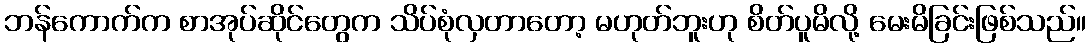
ဘန်ကောက်က စာအုပ်ဆိုင်တွေက သိပ်စုံလှတာတော့ မဟုတ်ဘူးဟု စိတ်ပူမိလို့ မေးမိခြင်းဖြစ်သည်။